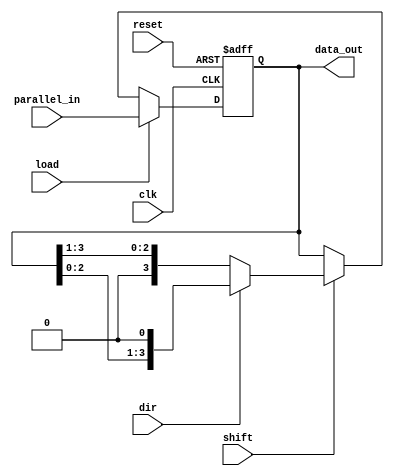
`timescale 1ns / 1ps
//////////////////////////////////////////////////////////////////////////////////
// Company: 
// Engineer: 
// 
// Design Name: 
// Module Name: Bidirectional_shift_register
// Project Name: 
// Target Devices: 
// Tool Versions: 
// Description: 
// 
// Dependencies: 
// 
// Revision:
// Revision 0.01 - File Created
// Additional Comments:
// 
//////////////////////////////////////////////////////////////////////////////////

module bidirectional_shift_register (
    input wire clk,
    input wire reset,
    input wire load,
    input wire shift,
    input wire dir, // Direction: 0 for right, 1 for left
    input wire [3:0] parallel_in,
    output reg [3:0] data_out
);

always @(posedge clk or posedge reset) begin
    if (reset) begin
        data_out <= 4'b0000; // Reset the register
    end else if (load) begin
        data_out <= parallel_in; // Load the parallel input
    end else if (shift) begin
        if (dir) begin
            // Shift left
            data_out <= {data_out[2:0], 1'b0};
        end else begin
            // Shift right
            data_out <= {1'b0, data_out[3:1]};
        end
    end
end

endmodule